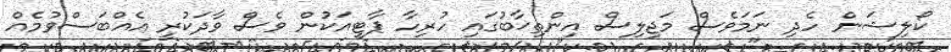
ކޯލިޝަން ހެދި ނަމަވެސް މަޖިލިސް އިންތިޚާބުގައި ހުރިހާ ޕާޓީއަކުން ވެސް ވާދަކުރީ އެއްބަސްވުމެއް